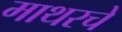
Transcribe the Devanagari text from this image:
माथरचे